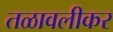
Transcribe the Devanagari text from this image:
तळावलीकर